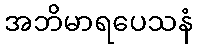
အဘိမာရပေသနံ